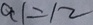
a 1 = 1 2